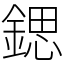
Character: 鍶